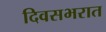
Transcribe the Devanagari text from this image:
दिवसभरात